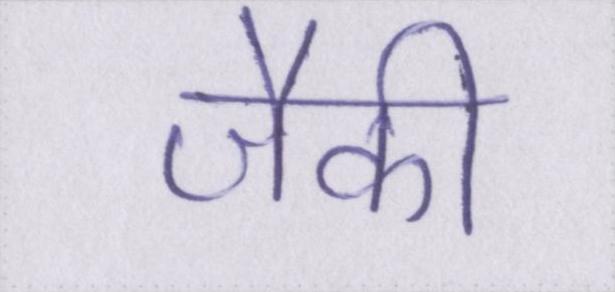
जैकी